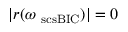
| r ( \omega _ { \mathrm { \ s c s { B I C } } } ) | = 0